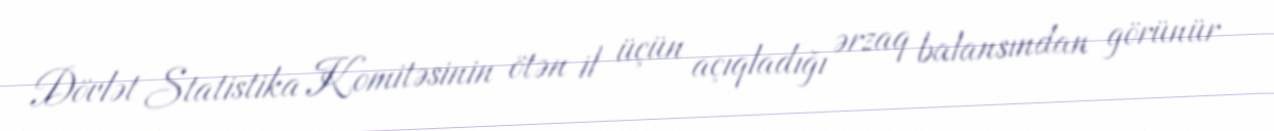
Dövlət Statistika Komitəsinin ötən il üçün açıqladığı ərzaq balansından görünür